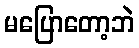
မပြောတော့ဘဲ